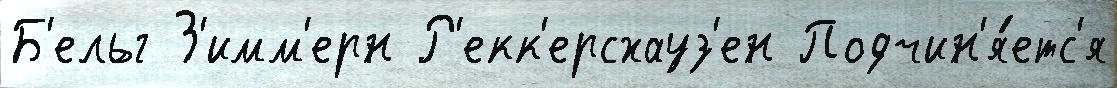
Б'ельг З'имм'ерн Р'екк'ерсхауз'ен Подчин'я́етс'я